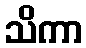
သိကာ